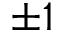
\pm 1